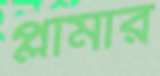
প্লামার